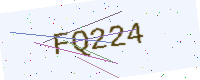
Text: FQ224